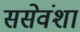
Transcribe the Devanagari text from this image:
ससेवंशा